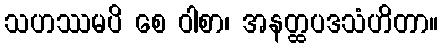
သဟဿမပိ စေ ဝါစာ၊ အနတ္ထပဒသံဟိတာ။